Indian journal of veterinary science and animal husbandry - Volume 10,
Year: 1940
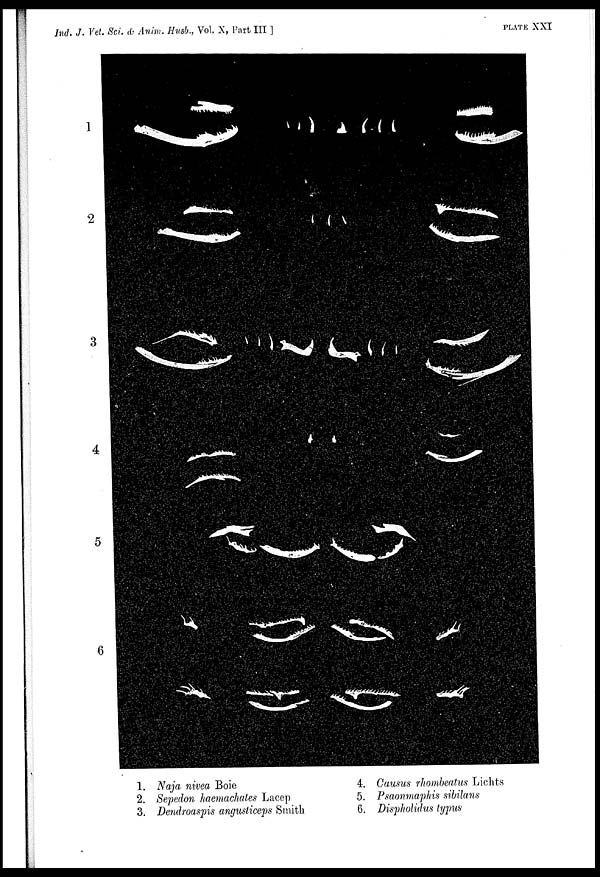
Ind. J. Vet. Sci. & Anim. Husb., Vol. X, Part III ]
PLATE
XXI
1. Naja nivea Boie
4. Causus rhombeatus Lichts
2. Sepedon haemachates Lacep
5. Psaonmaphis sibilans
3. Dendroaspis angusticeps Smith
6. Dispholidus typus